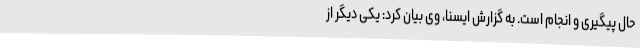
حال پیگیری و انجام است. به گزارش ایسنا، وی بیان کرد: یکی دیگر از